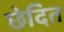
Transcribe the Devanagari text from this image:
छेदित